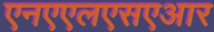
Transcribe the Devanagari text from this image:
एनएएलएसएआर